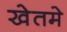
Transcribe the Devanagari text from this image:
खेतमे